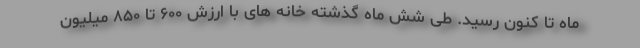
ماه تا کنون رسید. طی شش ماه گذشته خانه های با ارزش ۶۰۰ تا ۸۵۰ میلیون